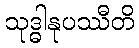
သုဒ္ဓါနုပဿီတိ